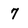
Character: 7